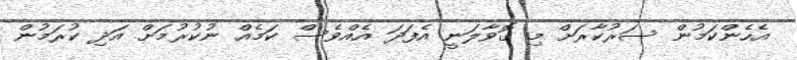
އެހެންކަމުން ސަރުކާރަށް މި ގޮވާލަނީ އެފަދަ އެއްވެސް ކަމެއް ނުކުރުމަށް އަދި ކުރަމުން